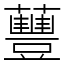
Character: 蘴